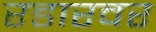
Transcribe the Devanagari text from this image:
रडारवर